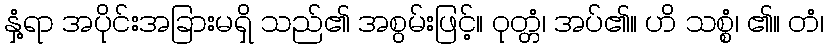
နှံ့ရာ အပိုင်းအခြားမရှိ သည်၏ အစွမ်းဖြင့်။ ဝုတ္တံ၊ အပ်၏။ ဟိ သစ္စံ၊ ၏။ တံ၊